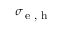
\sigma _ { \textrm { \small e , h } }